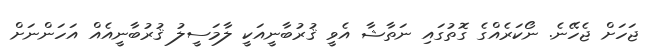
ޖަހަށް ޖެހޭނެ. ނޯކަރެއްގެ ގޮތުގައި ނަތާޝާ އެވީ ޤުރުބާނީއަކީ ލާމަސީލު ޤުރުބާނީއެއް އަހަންނަށް